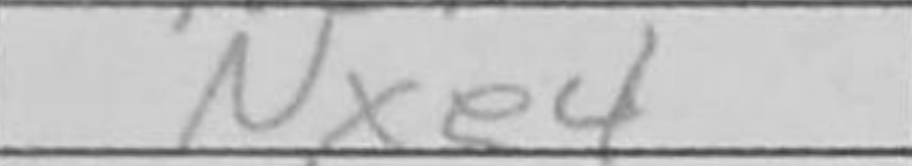
Transcription: Nxe4